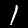
Digit: 1